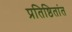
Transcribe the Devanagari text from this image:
प्रतिष्ठितांत